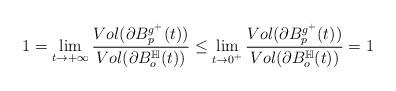
LaTeX: \begin{align*}1=\lim\limits_{t\rightarrow +\infty}\frac{Vol(\partial B^{g^+}_p(t))}{Vol(\partial B^\mathbb{H}_o(t))}\leq\lim\limits_{t\rightarrow 0^+}\frac{Vol(\partial B^{g^+}_p(t))}{Vol(\partial B^\mathbb{H}_o(t))}=1\end{align*}